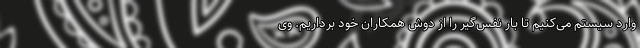
وارد سیستم می‌کنیم تا بار نفس‌گیر را از دوش همکاران خود برداریم. وی